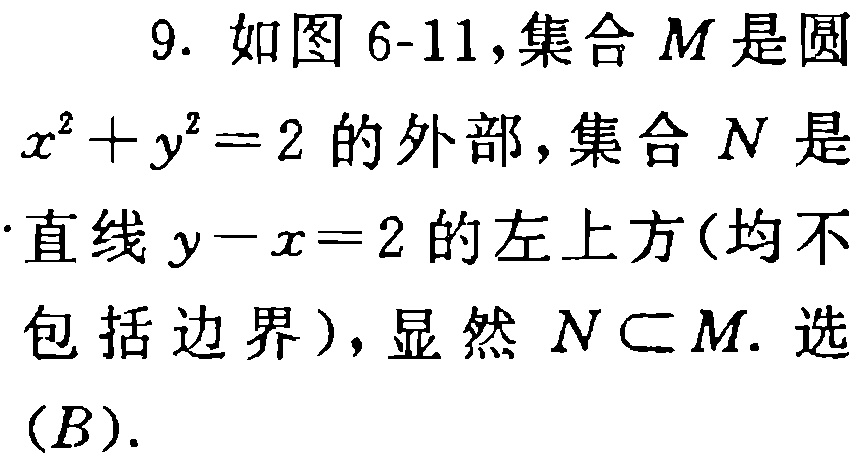
9. 如图 6-11,集合 \(M\) 是圆

\(x^{2}+y^{2}=2\) 的外部，集合 \(N\) 是

直线 \(y - x = 2\) 的左上方(均不

包括边界)，显然 \(N\subset M\). 选

\((B)\).